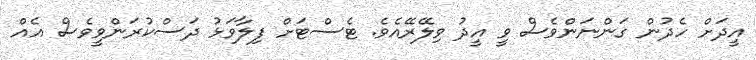
އީދަށް ހެދުން ގަންނަންވެސް ވީ އީދު ވިލޭރޭއެވެ. ޓެސްޓަށް ފިލާވަޅު ދަސްކުރަންވީވެސް އެއް